King Institute of Preventive Medicine Micro-Biological Section reports 1912-19
Year: 1912
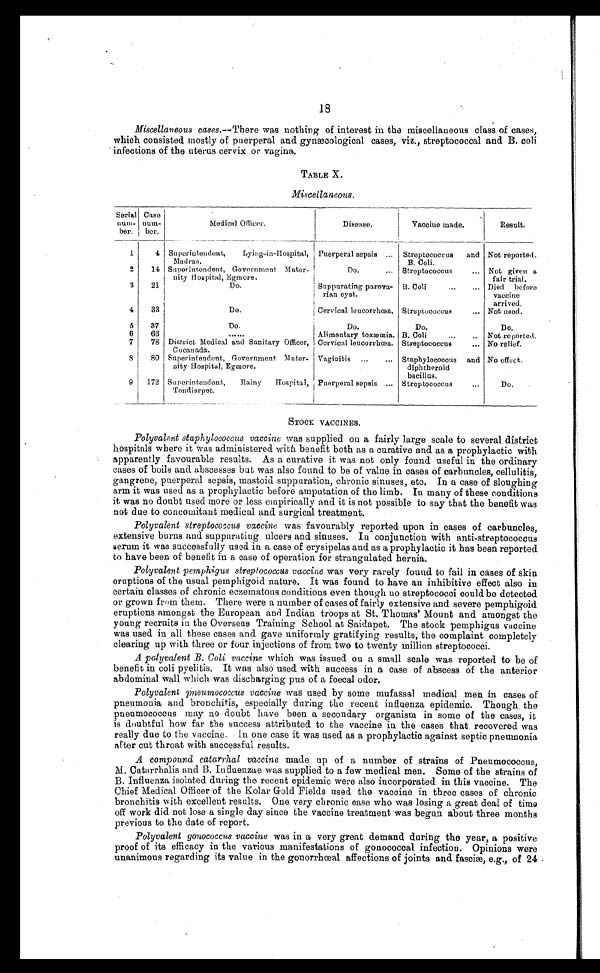
18
Miscellaneous cases.—There was nothing of interest in the miscellaneous class of cases,
which consisted mostly of puerperal and gynæcological cases, viz., streptococcal and B. coli
infections of the uterus cervix or vagina.
TABLE X.
Miscellaneous.
Serial n u m -
ber.
Case
num - b e r .
Medical Officer.
Disease.
Vaccine made.
Result.
1
4 Superintendent, Lying-in-Hospital,
Madras.
Puerperal sepsis . . . Streptococcus and
B. Coli.
Not reported.
2
14 Superintendent, Government Mater
-nity Hospital, Egmore.
D o . . . .
Streptococcus . . .
Not given a
fair trial.
3
21
Do.
Suppurating parova
-rian cyst.
B. Coli . . .
Died before
vaccine
arrived.
4
33
Do.
Cervical leucorrhœa. Streptococcus . . .
Not used.
5
37
Do.
Do.
Do.
Do.
6
66
. . .
Alimentary toxæmia. B. Coli
. . .
Not reported.
7
78 District Medical and Sanitary Officer,
Cocanada.
Cervical leucorrhœa. Streptococcus . . .
No relief.
8
80 Superintendent, Government Mater-
nity Hospital, Egmore.
Vaginitis . . .
Staphylococcus and
diphtheroid
bacillus.
No effect.
9
172 Superintendent, Rainy Hospital,
Tondiarpet.
Puerperal sepsis . . . Streptococcus . . .
Do.
STOCK VACCINES.
Polyvalent staphylococcus vaccine was supplied on a fairly large scale to several district
hospitals where it was administered with benefit both as a curative and as a prophylactic with
apparently favourable results. As a curative it was not only found useful in the ordinary
cases of boils and abscesses but was also found to be of value in cases of carbuncles, cellulitis,
gangrene, puerperal sepsis, mastoid suppuration, chronic sinuses, etc. In a case of sloughing
arm it was used as a prophylactic before amputation of the limb. In many of these conditions
it was no doubt used more or less empirically and it is not possible to say that the benefit was
not due to concomitant medical and surgical treatment.
Polyvalent streptococcus vaccine was favourably reported upon in cases of carbuncles,
extensive burns and suppurating ulcers and sinuses. In conjunction with anti-streptococcus
serum it was successfully used in a case of erysipelas and as a prophylactic it has been reported
to have been of benefit in a case of operation for strangulated hernia.
Polyvalent pemphigus streptococcus vaccine was very rarely found to fail in cases of skin
eruptions of the usual pemphigoid nature. It was found to have an inhibitive effect also in
certain classes of chronic eczematous conditions even though no streptococci could be detected
or grown from them. There were a number of cases of fairly extensive and severe pemphigoid
eruptions amongst the European and Indian troops at St. Thomas' Mount and amongst the
young recruits in the Overseas Training School at Saidapet. The stock pemphigus vaccine
was used in all these cases and gave uniformly gratifying results, the complaint completely
clearing up with three or four injections of from two to twenty million streptococci.
A polyvalent B. Coli vaccine which was issued on a small scale was reported to be of
benefit in coli pyelitis. It was also used with success in a case of abscess of the anterior
abdominal wall which was discharging pus of a foecal odor.
Polyvalent Pneumococcus vaccine was used by some mufassal medical men in cases of
pneumonia and bronchitis, especially during the recent influenza epidemic. Though the
pneumococcus may no doubt have been a secondary organism in some of the cases, it
is doubtful how far the success attributed to the vaccine in the cases that recovered was
really due to the vaccine. In one case it was used as a prophylactic against septic pneumonia
after cut throat with successful results.
A compound catarrhal vaccine made up of a number of strains of Pneumococcus,
M. Catarrhalis and B. Influenzae was supplied to a few medical men. Some of the strains of
B. Influenza isolated during the recent epidemic were also incorporated in this vaccine. The
Chief Medical Officer of the Kolar Gold Fields used the vaccine in three cases of chronic
bronchitis with excellent results. One very chronic case who was losing a great deal of time
off work did not lose a single day since the vaccine treatment was begun about three months
previous to the date of report.
Polyvalent gonococcus vaccine was in a very great demand during the year, a positive
proof of its efficacy in the various manifestations of gonococcal infection. Opinions were
unanimous regarding its value in the gonorrhœal affections of joints and fasciæ, e.g., of 24